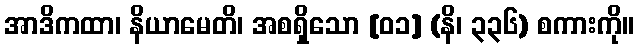
အာဒိကထာ၊ နိယာမေတိ၊ အစရှိသော [၀၁] (နိ၊ ၃၃၆) စကားကို။